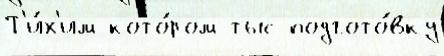
Т'и́х'им кото́ром тыс подгото́вку